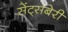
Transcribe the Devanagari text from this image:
सेंट्सबेरी